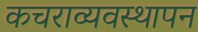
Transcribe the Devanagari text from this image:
कचराव्यवस्थापन